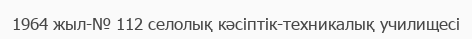
1964 жыл-№ 112 селолық кәсіптік-техникалық училищесі